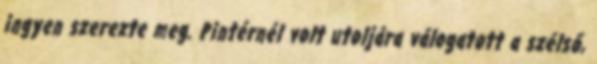
ingyen szerezte meg. Pintérnél volt utoljára válogatott a szélső,